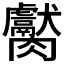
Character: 𱼦